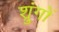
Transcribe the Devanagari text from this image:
श्रुंगों